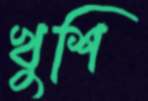
খুশি